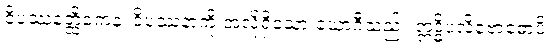
ဝိပဿနတ္ထိကေန၊ ဝိပဿနာကို အလိုရှိသော ယောဂီသည်။ ဣဒ္ဓိပလိဗောဓောပိ၊